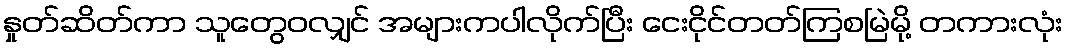
နှုတ်ဆိတ်ကာ သူတွေဝလျှင် အများကပါလိုက်ပြီး ငေးငိုင်တတ်ကြစမြဲမို့ တကားလုံး